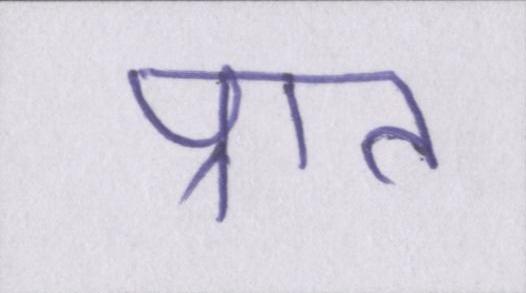
प्रात